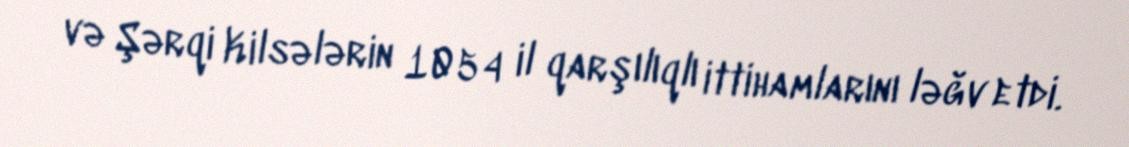
və Şərqi Kilsələrin 1054 il qarşılıqlı ittihamlarını ləğv etdi.